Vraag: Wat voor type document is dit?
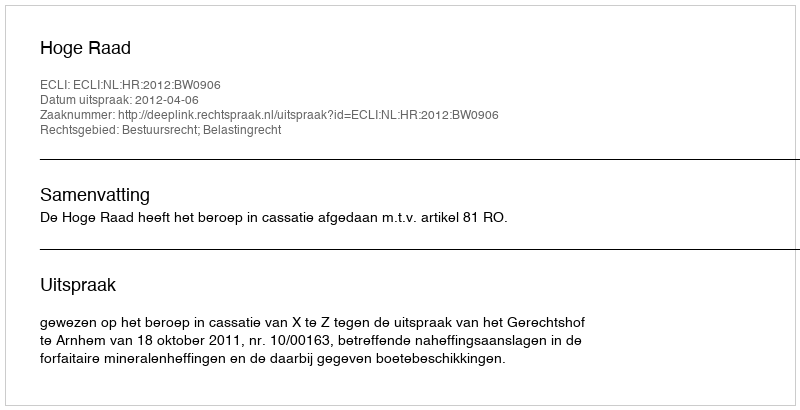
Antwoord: Uitspraak